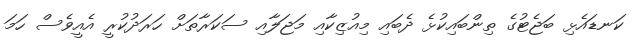
ކަނޑައެޅި ބަޖެޓުގެ ތިންބައިކުޅެ ދެބައި މިއުޒިކާއި މަޖަލާއި ސަކަރާތަށް ހަރަދުކުރީ އެއީވެސް ހަމަ